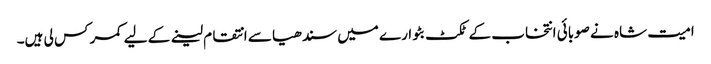
امیت شاہ نے صوبائی انتخاب کے ٹکٹ بٹوارے میں سندھیا سے انتقام لینے کے لیے کمر کس لی ہیں۔